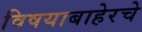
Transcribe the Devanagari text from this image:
विषयाबाहेरचे